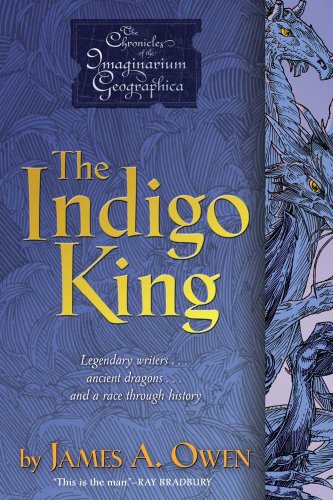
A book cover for The Indigo King (Chronicles of the Imaginarium Geographica, The); James A. Owen; Teen & Young Adult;